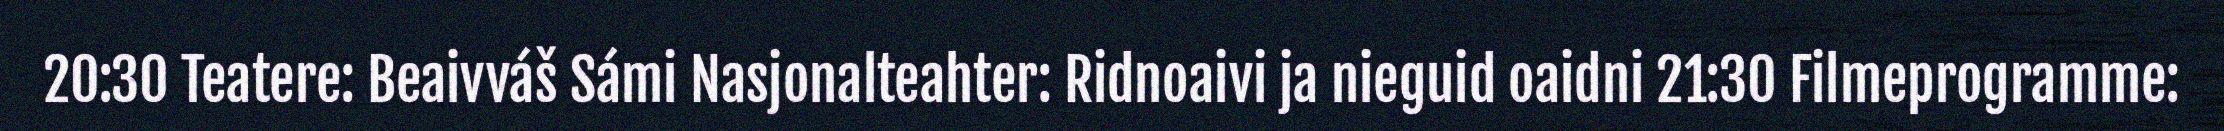
20:30 Teatere: Beaivváš Sámi Nasjonalteahter: Ridnoaivi ja nieguid oaidni 21:30 Filmeprogramme: